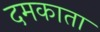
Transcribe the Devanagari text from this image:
दमकाता